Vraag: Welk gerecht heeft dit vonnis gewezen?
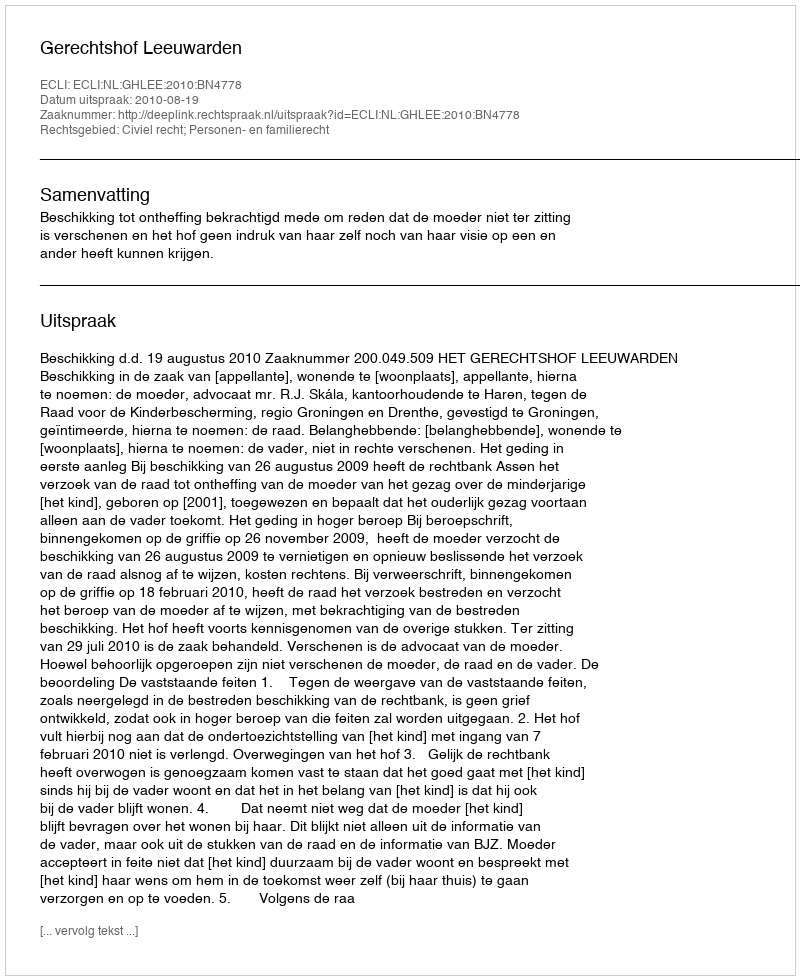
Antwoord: Gerechtshof Leeuwarden